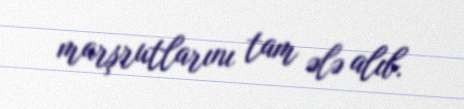
marşrutlarını tam ələ alıb.